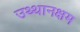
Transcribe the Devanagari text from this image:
उथ्थानक्षम